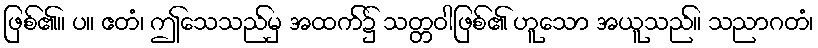
ဖြစ်၏။ ပ။ ဧတံ၊ ဤသေသည်မှ အထက်၌ သတ္တဝါဖြစ်၏ ဟူသော အယူသည်။ သညာဂတံ၊